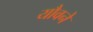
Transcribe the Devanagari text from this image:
यौवने